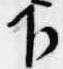
下